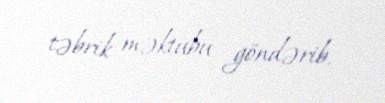
təbrik məktubu göndərib.